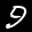
Label: 9